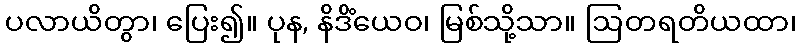
ပလာယိတွာ၊ ပြေး၍။ ပုန, နိဒိံယေဝ၊ မြစ်သို့သာ။ ဩတရတိယထာ၊